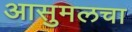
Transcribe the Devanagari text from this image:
आसुमलचा